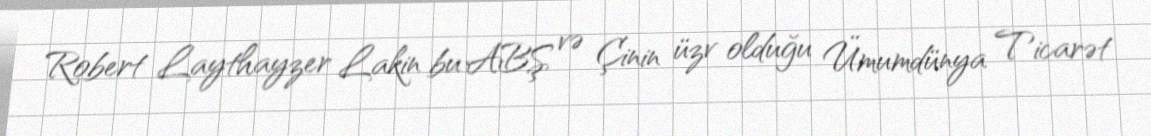
Robert Laythayzer Lakin bu ABŞ və Çinin üzv olduğu Ümumdünya Ticarət